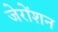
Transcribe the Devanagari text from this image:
जेरोंशन